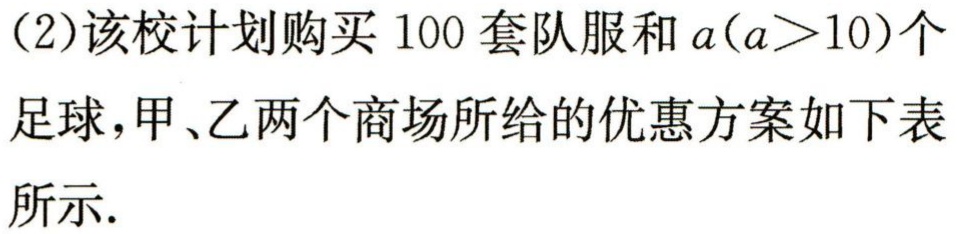
(2)该校计划购买 100 套队服和 \(a(a > 10)\)个足球，甲、乙两个商场所给的优惠方案如下表所示.